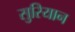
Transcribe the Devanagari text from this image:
सुरियान